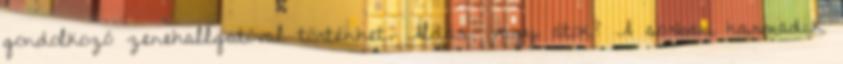
gondolkozó zenehallgatóval történhet. Áldás, vagy átok? A sorban harmadik